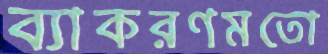
ব্যাকরণমতো